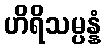
ဟိရိသမ္ပန္နံ